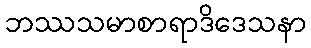
ဘဿသမာစာရာဒိဒေသနာ